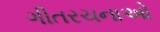
ગીતરચનાઓ